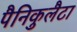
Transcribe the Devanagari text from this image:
पैनिकुलैटा